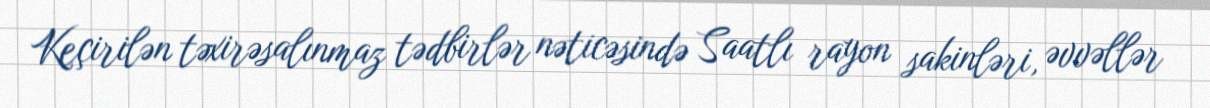
Keçirilən təxirəsalınmaz tədbirlər nəticəsində Saatlı rayon sakinləri, əvvəllər